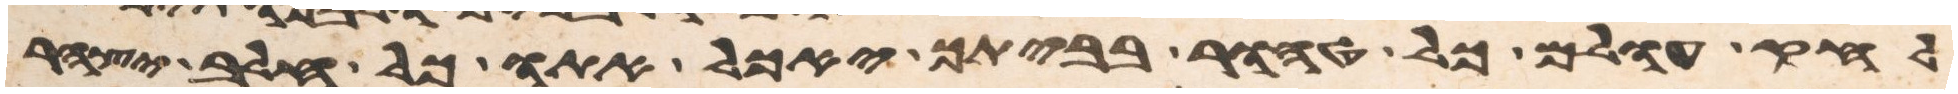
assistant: לחק עולם כל טהור בביתך יאכל אתו כל חלב יצהר